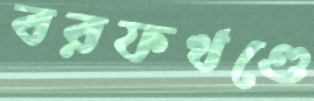
বরফখণ্ডে